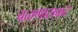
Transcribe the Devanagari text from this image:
वळणासकट